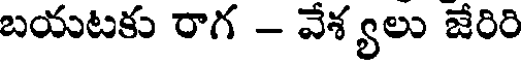
బయటకు రాగ - వేశ్యలు జేరిరి